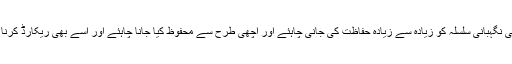
شواہد کی نگہبانی سلسلہ کو زیادہ سے زیادہ حفاظت کی جانی چاہئے اور اچھی طرح سے محفوظ کیا جانا چاہئے اور اسے بھی ریکارڈ کرنا چاہئے۔